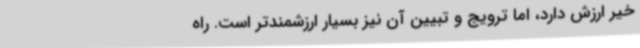
خیر ارزش دارد، اما ترویج و تبیین آن نیز بسیار ارزشمندتر است. راه‌